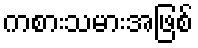
ကစားသမားအဖြစ်